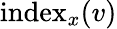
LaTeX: \operatorname{index}_{x}(v)